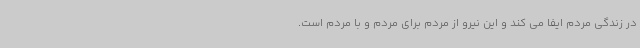
در زندگی مردم ایفا می کند و این نیرو از مردم برای مردم و با مردم است.